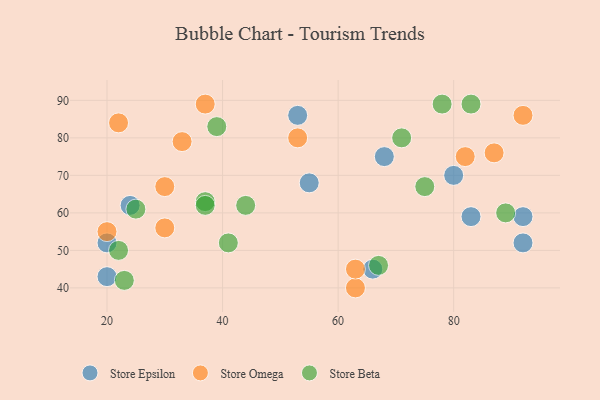
{"axis": {"x": "GDP", "y": "Life Expectancy"}, "legend": ["Store Beta", "Store Epsilon", "Store Omega"], "data": [{"x": "20", "y": 43, "type": "Store Epsilon"}, {"x": "92", "y": 52, "type": "Store Epsilon"}, {"x": "92", "y": 59, "type": "Store Epsilon"}, {"x": "68", "y": 75, "type": "Store Epsilon"}, {"x": "55", "y": 68, "type": "Store Epsilon"}, {"x": "20", "y": 52, "type": "Store Epsilon"}, {"x": "83", "y": 59, "type": "Store Epsilon"}, {"x": "53", "y": 86, "type": "Store Epsilon"}, {"x": "24", "y": 62, "type": "Store Epsilon"}, {"x": "80", "y": 70, "type": "Store Epsilon"}, {"x": "66", "y": 45, "type": "Store Epsilon"}, {"x": "63", "y": 40, "type": "Store Omega"}, {"x": "92", "y": 86, "type": "Store Omega"}, {"x": "22", "y": 84, "type": "Store Omega"}, {"x": "33", "y": 79, "type": "Store Omega"}, {"x": "63", "y": 45, "type": "Store Omega"}, {"x": "53", "y": 80, "type": "Store Omega"}, {"x": "30", "y": 56, "type": "Store Omega"}, {"x": "20", "y": 55, "type": "Store Omega"}, {"x": "30", "y": 67, "type": "Store Omega"}, {"x": "87", "y": 76, "type": "Store Omega"}, {"x": "82", "y": 75, "type": "Store Omega"}, {"x": "37", "y": 89, "type": "Store Omega"}, {"x": "37", "y": 63, "type": "Store Beta"}, {"x": "89", "y": 60, "type": "Store Beta"}, {"x": "25", "y": 61, "type": "Store Beta"}, {"x": "44", "y": 62, "type": "Store Beta"}, {"x": "75", "y": 67, "type": "Store Beta"}, {"x": "22", "y": 50, "type": "Store Beta"}, {"x": "78", "y": 89, "type": "Store Beta"}, {"x": "67", "y": 46, "type": "Store Beta"}, {"x": "23", "y": 42, "type": "Store Beta"}, {"x": "71", "y": 80, "type": "Store Beta"}, {"x": "41", "y": 52, "type": "Store Beta"}, {"x": "37", "y": 62, "type": "Store Beta"}, {"x": "83", "y": 89, "type": "Store Beta"}, {"x": "39", "y": 83, "type": "Store Beta"}]}